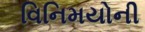
વિનિમયોની